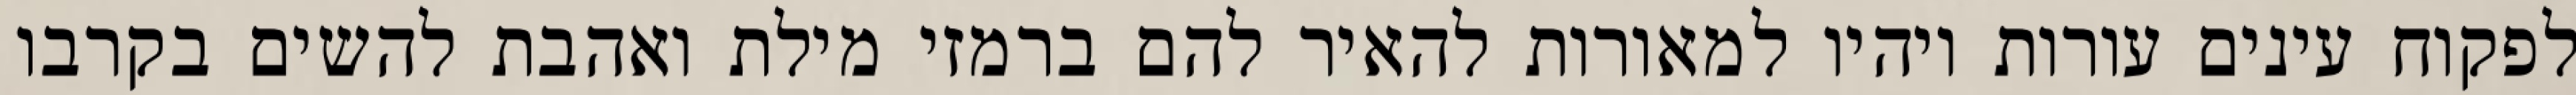
לפקוח עינים עורות ויהיו למאורות להאיר להם ברמזי מילת ואהבת להשים בקרבו